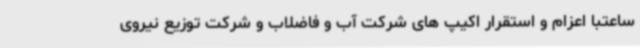
ساعتبا اعزام و استقرار اکیپ های شرکت آب و فاضلاب و شرکت توزیع نیروی